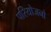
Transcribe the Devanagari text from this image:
परियोजनो